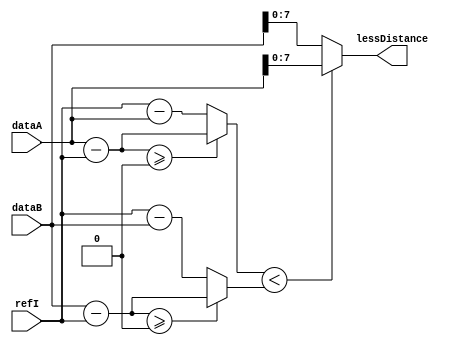
`timescale 1ns/1ns
module LessDistanceBehavioral(input [8:0]dataA, input [8:0]dataB, input [8:0]refI, output reg[7:0]lessDistance);
	
	reg [8:0]diffA, diffB;
	
	always @(dataA or refI or dataB) begin
		#583 diffA = ((dataA - refI) >= 8'd0) ? dataA - refI : refI - dataA;
	end

	always @(dataB or refI or dataA) begin
		#583 diffB = ((dataB - refI) >= 8'd0) ? dataB - refI : refI - dataB;
	end

	always @(diffA or diffB) begin
		if(diffA < diffB)
			#191 lessDistance = dataA[7:0];
		else
			#191 lessDistance = dataB[7:0];	
	end
endmodule